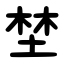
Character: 埜